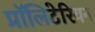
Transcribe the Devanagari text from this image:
प्रॉलिटेरियन